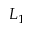
L _ { 1 }